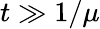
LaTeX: t\gg 1/\mu